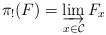
LaTeX: \begin{align*}\pi_{!}(F) = \varinjlim_{x \in \mathcal{C}}F_x\end{align*}